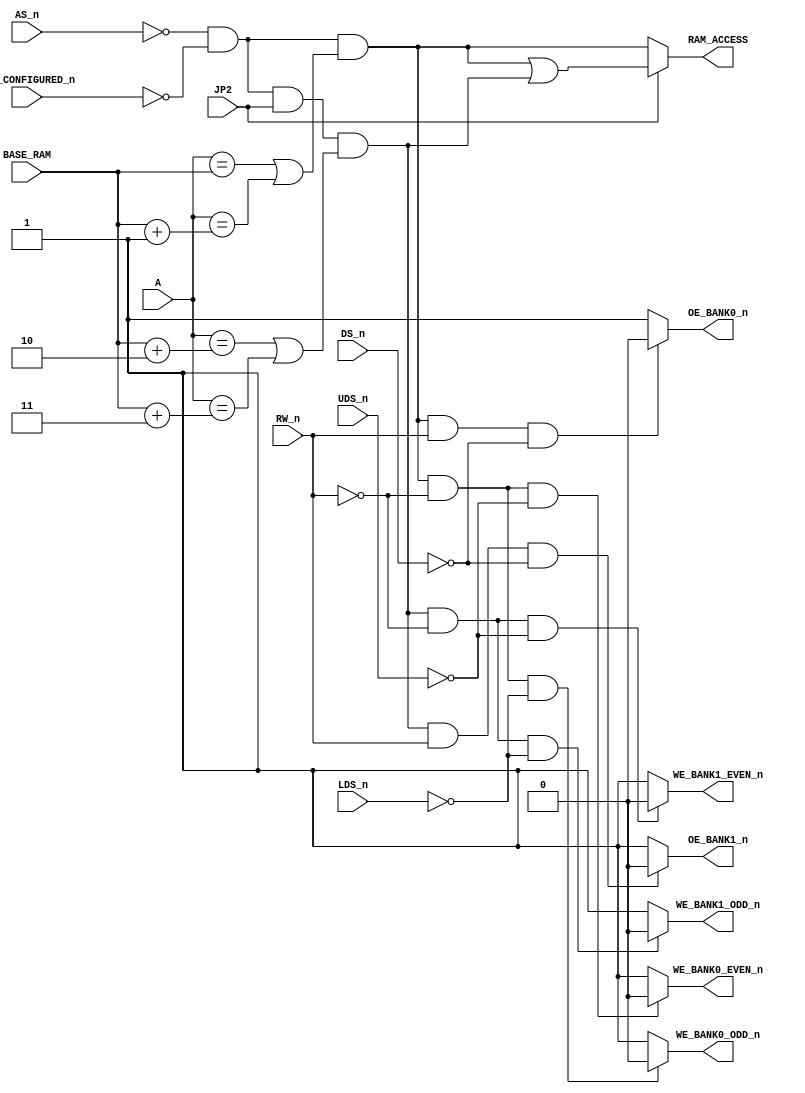
`timescale 1ns / 1ps

module fastram(
	input [23:21] A,
	input JP2,
	input RW_n,
	input UDS_n,
	input LDS_n,
	input AS_n,
	input DS_n,
	input [7:5] BASE_RAM,
	input RAM_CONFIGURED_n,
	output OE_BANK0_n,
	output OE_BANK1_n,
	output WE_BANK0_ODD_n,
	output WE_BANK1_ODD_n,
	output WE_BANK0_EVEN_n,
	output WE_BANK1_EVEN_n,
	output RAM_ACCESS
);


/*
Amiga memory map Z2-space:

	      A	23 	22	21
200000-3FFFFF	 0	 0	 1	// 2MB
400000-5FFFFF	 0	 1	 0	// 2MB
600000-7FFFFF	 0	 1	 1	// 2MB
800000-9FFFFF	 1	 0	 0	// 2MB
*/

wire first_4MB_access  = !AS_n && !RAM_CONFIGURED_n && ( (A == BASE_RAM) || (A == (BASE_RAM + 3'b001)) );
wire second_4MB_access = !AS_n && !RAM_CONFIGURED_n && JP2 && ( (A == (BASE_RAM + 3'b010)) || (A == (BASE_RAM + 3'b011)) );

assign RAM_ACCESS = JP2 ? (first_4MB_access || second_4MB_access) : first_4MB_access;

assign OE_BANK0_n = first_4MB_access && RW_n && !DS_n ? 1'b0 : 1'b1;
assign OE_BANK1_n = second_4MB_access && RW_n && !DS_n ? 1'b0 : 1'b1;

assign WE_BANK0_ODD_n = first_4MB_access && !RW_n && !LDS_n ? 1'b0 : 1'b1;
assign WE_BANK1_ODD_n = second_4MB_access && !RW_n && !LDS_n ? 1'b0 : 1'b1;

assign WE_BANK0_EVEN_n = first_4MB_access && !RW_n && !UDS_n ? 1'b0 : 1'b1;
assign WE_BANK1_EVEN_n = second_4MB_access && !RW_n && !UDS_n ? 1'b0 : 1'b1;

endmodule